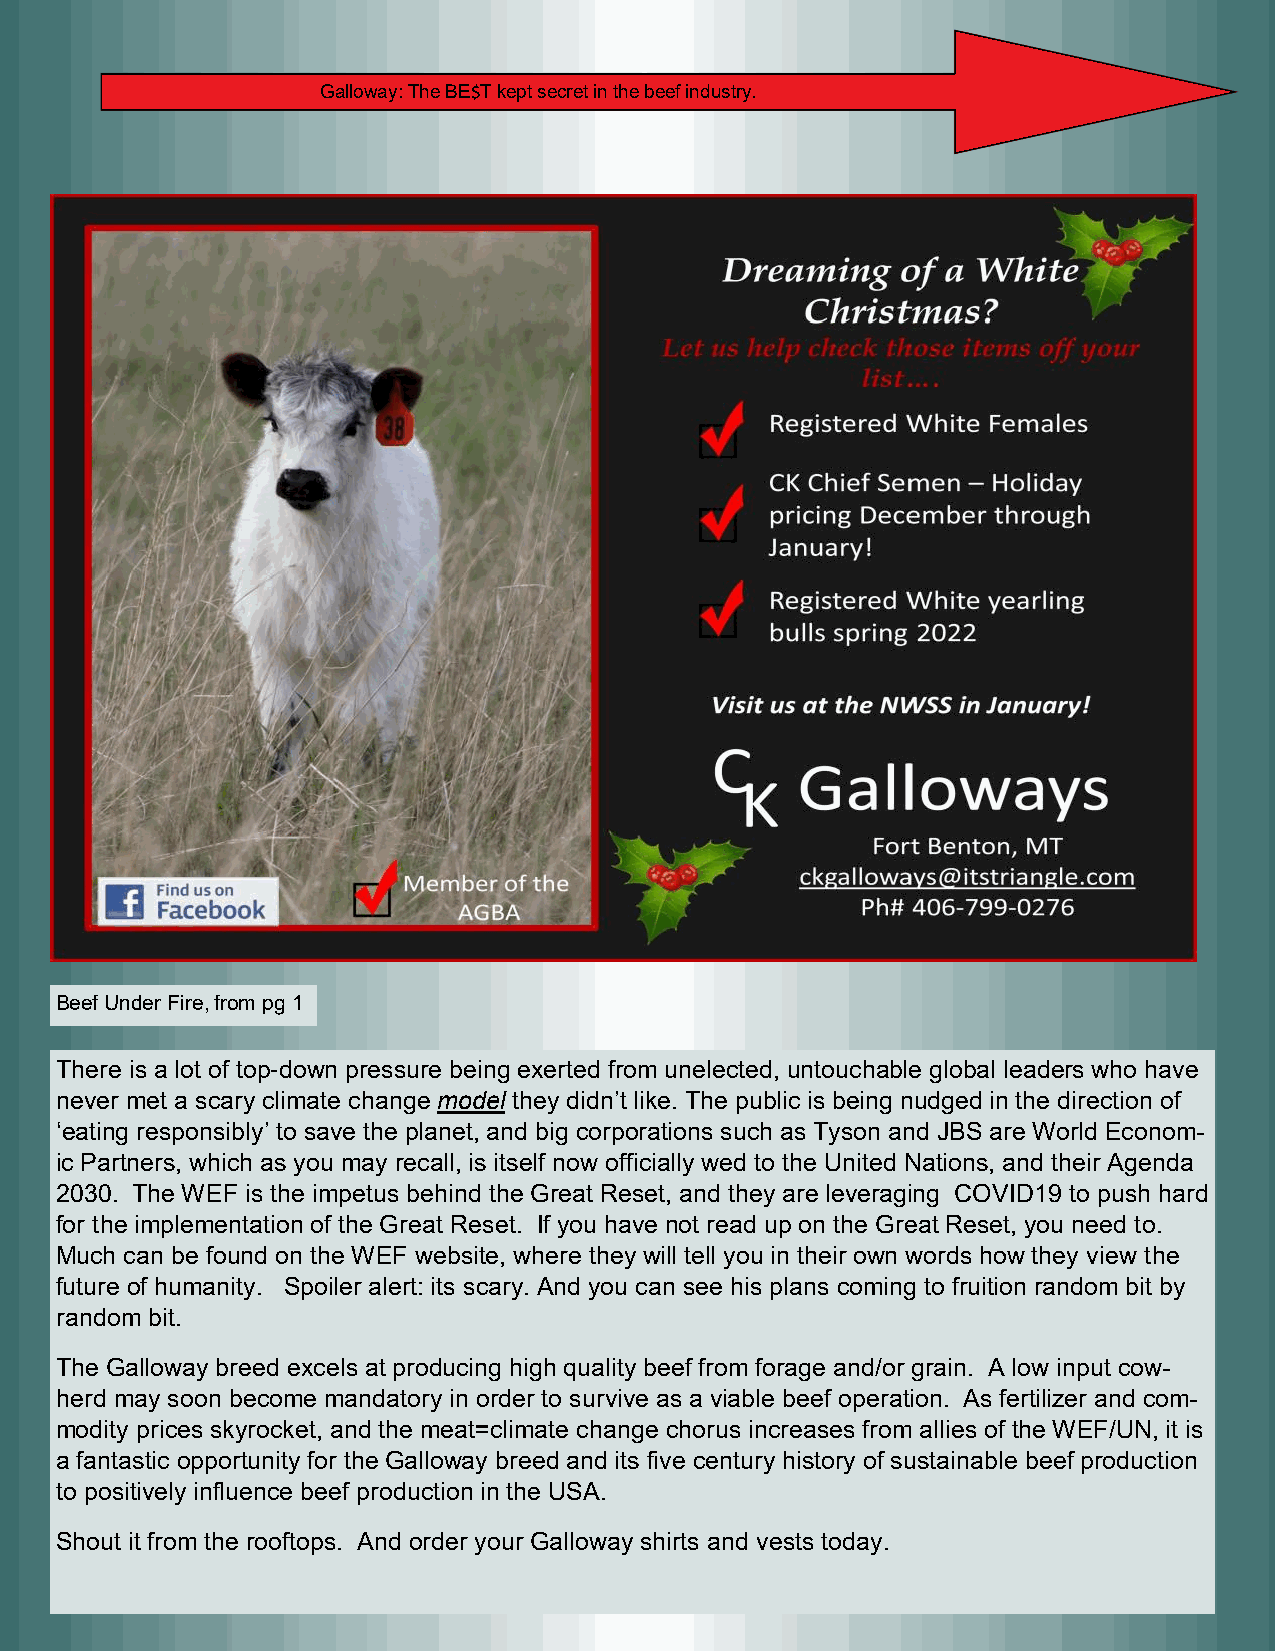
Galloway: The BE$T kept secret in the beef industry.
 Beef Under Fire, from pg 1
 There is a lot of top-down pressure being exerted from unelected, untouchable global leaders who have
 never met a scary climate change model they didn’t like. The public is being nudged in the direction of
 ‘eating responsibly’ to save the planet, and big corporations such as Tyson and JBS are World Econom-
 ic Partners, which as you may recall, is itself now officially wed to the United Nations, and their Agenda
 2030. The WEF is the impetus behind the Great Reset, and they are leveraging COVID19 to push hard
 for the implementation of the Great Reset. If you have not read up on the Great Reset, you need to.
 Much can be found on the WEF website, where they will tell you in their own words how they view the
 future of humanity. Spoiler alert: its scary. And you can see his plans coming to fruition random bit by
 random bit.
 The Galloway breed excels at producing high quality beef from forage and/or grain. A low input cow-
 herd may soon become mandatory in order to survive as a viable beef operation. As fertilizer and com-
 modity prices skyrocket, and the meat=climate change chorus increases from allies of the WEF/UN, it is
 a fantastic opportunity for the Galloway breed and its five century history of sustainable beef production
 to positively influence beef production in the USA.
 Shout it from the rooftops. And order your Galloway shirts and vests today.